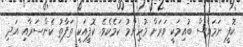
ކޮފީ ނަމަވެސް ބުއިމަކީ ވަރަށް މުހިންމު ކަމެކެވެ. ކޮފީއަކީ ތަފާތު ކެންސަރާއި އަދި